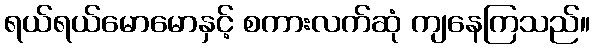
ရယ်ရယ်မောမောနှင့် စကားလက်ဆုံ ကျနေကြသည်။